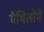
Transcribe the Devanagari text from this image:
मैथिलोंमें